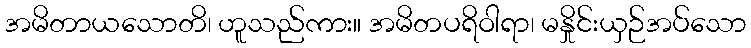
အမိတာယသောတိ၊ ဟူသည်ကား။ အမိတပရိဝါရာ၊ မနှိုင်းယှဉ်အပ်သော